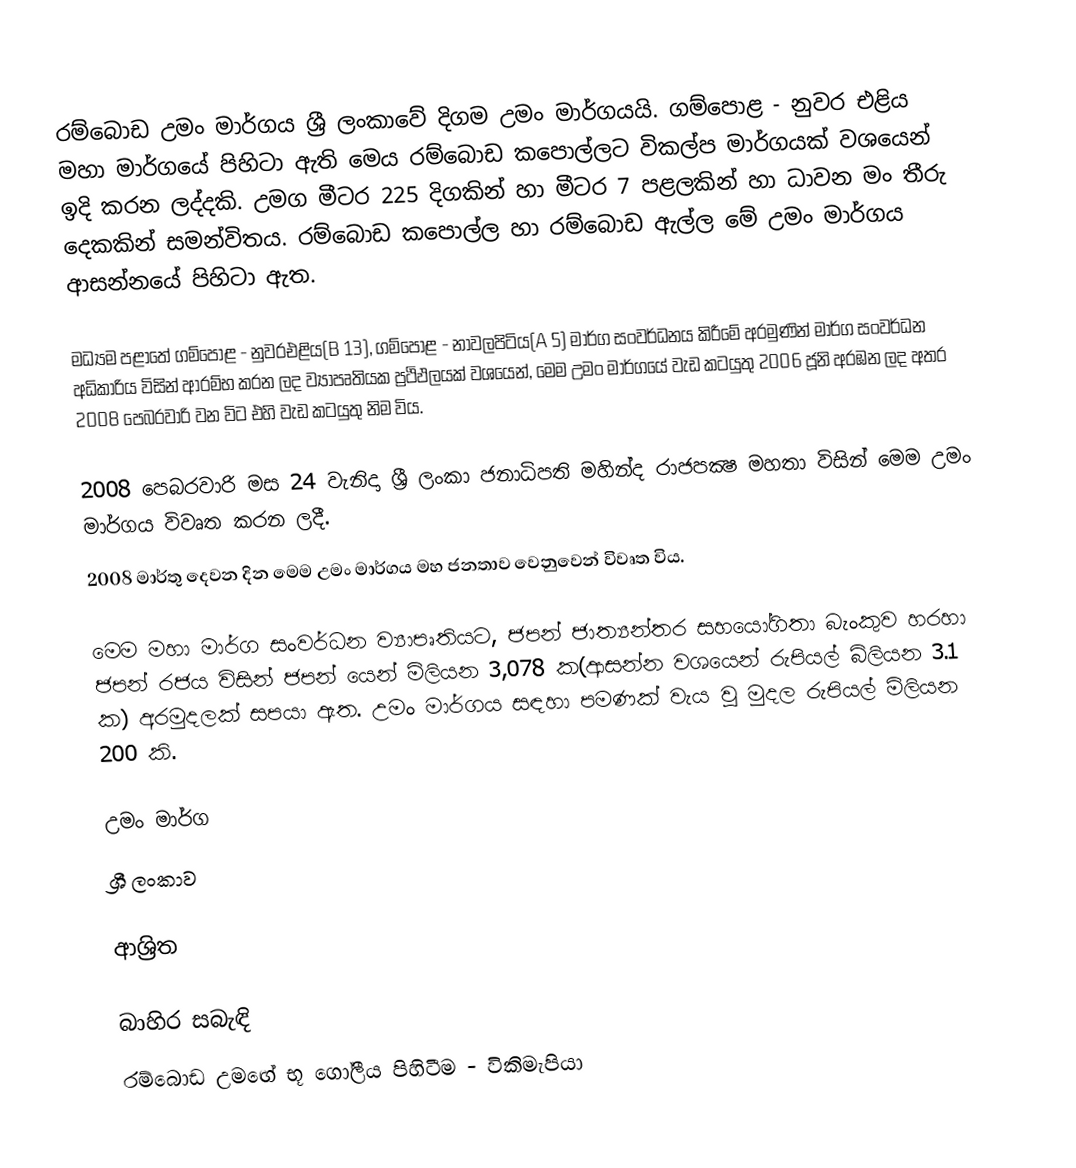
රම්බොඩ උමං මාර්ගය ශ්‍රී ලංකාවේ දිගම උමං මාර්ගයයි. ගම්පොළ - නුවර එළිය මහා මාර්ගයේ පිහිටා ඇති මෙය රම්බොඩ කපොල්ලට විකල්ප මාර්ගයක් වශයෙන් ඉදි කරන ලද්දකි. උමග මීටර 225  දිගකින් හා මීටර 7  පළලකින් හා ධාවන මං තීරු දෙකකින් සමන්විතය​. රම්බොඩ කපොල්ල හා රම්බොඩ ඇල්ල  මේ උමං මාර්ගය ආසන්නයේ පිහිටා ඇත​.

මධ්‍යම පළාතේ ගම්පොළ - නුවරඑළිය(B 13)​, ගම්පොළ - නාවලපිටිය(A 5) මාර්ග සංවර්ධනය කිරීමේ අරමුණින් මාර්ග සංවර්ධන අධිකාරිය විසින් ආරම්භ කරන ලද ව්‍යාපෘතියක ප්‍රථිඵලයක් වශයෙන්, මෙම උමං මාර්ගයේ වැඩ කටයුතු 2006 ජූනි  අරඹන ලද අතර 2008 පෙබරවාරි වන විට එහි වැඩ කටයුතු නිම විය​.

2008 පෙබරවාරි මස 24 වැනිදා ශ්‍රී ලංකා ජනාධිපති මහින්ද රාජපක්‍ෂ මහතා විසින් මෙම උමං මාර්ගය විවෘත කරන ලදී.
2008 මාර්තු දෙවන දින මෙම උමං මාර්ගය මහ ජනතාව වෙනුවෙන් විවෘත විය​.​

මෙම මහා මාර්ග සංවර්ධන​ ව්‍යාපෘතියට, ජපන් ජාත්‍යන්තර සහයෝගිතා බැංකුව හරහා ජපන් රජය විසින් ජපන් යෙන් මිලියන 3,078 ක(ආසන්න වශයෙන් රුපියල් බිලියන 3.1 ක) අරමුදලක් සපයා ඇත​. උමං මාර්ගය සඳහා පමණක් වැය වූ මුදල රුපියල් මිලියන  200 කි.

උමං මාර්ග
ශ්‍රී ලංකාව

ආශ්‍රිත

බාහිර සබැඳි
රම්බොඩ උමඟේ භූ ගෝලීය පිහිටීම - විකිමැපියා